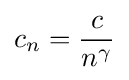
c_{n}={\frac {c}{n^{\gamma }}}